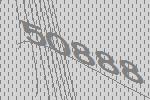
50888